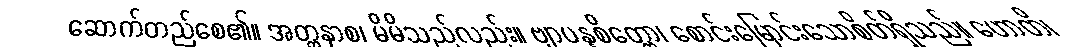
ဆောက်တည်စေ၏။ အတ္တနာစ၊ မိမိသည်လည်း။ ဗျာပန္နစိတ္တော၊ စောင်းမြောင်းသောစိတ်ရှိသည်။ ဟောတိ၊